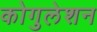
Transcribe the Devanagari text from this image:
कोगुलेशन